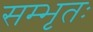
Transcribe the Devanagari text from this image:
सम्भृतः